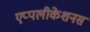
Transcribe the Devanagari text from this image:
एप्पलीकेशनस